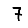
Digit: 7